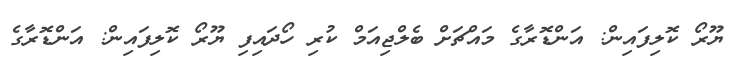
ޔޫރޯ ކޮލިފައިން: އަންޑޮރާގެ މައްޗަށް ބެލްޖިއަމް ކުރި ހޯދައިފި ޔޫރޯ ކޮލިފައިން: އަންޑޮރާގެ